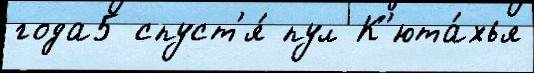
года5 спуст'я́ пул К'юта́хья